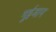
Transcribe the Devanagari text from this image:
गुईजान